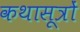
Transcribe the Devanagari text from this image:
कथासूत्रों